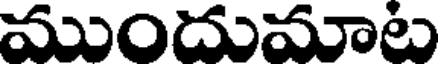
ముందుమాట